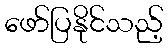
ဖော်ပြနိုင်သည့်